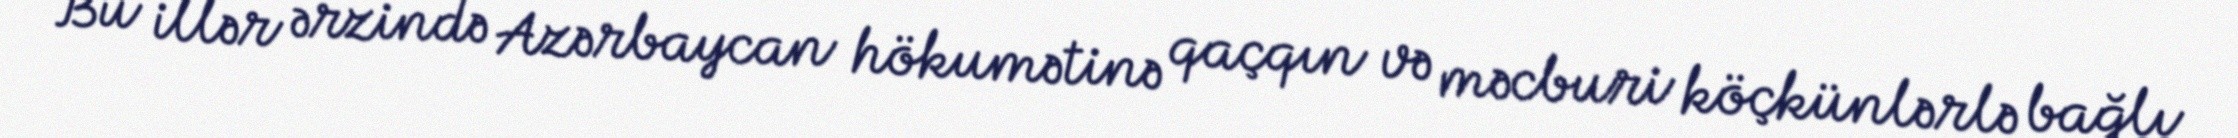
Bu illər ərzində Azərbaycan hökumətinə qaçqın və məcburi köçkünlərlə bağlı